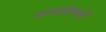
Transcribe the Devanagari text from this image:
खण्डयेत्सर्वं